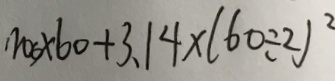
1 0 0 \times 6 0 + 3 . 1 4 \times ( 6 0 \div 2 ) ^ { 2 }